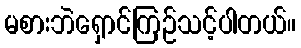
မစားဘဲရှောင်ကြဉ်သင့်ပါတယ်။